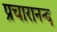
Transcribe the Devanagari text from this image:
प्रचारानन्द